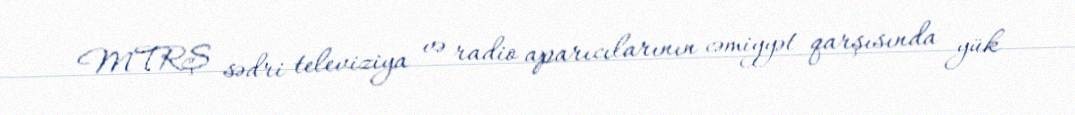
MTRŞ sədri televiziya və radio aparıcılarının cəmiyyət qarşısında yük